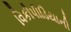
વિકીપીડિયાની